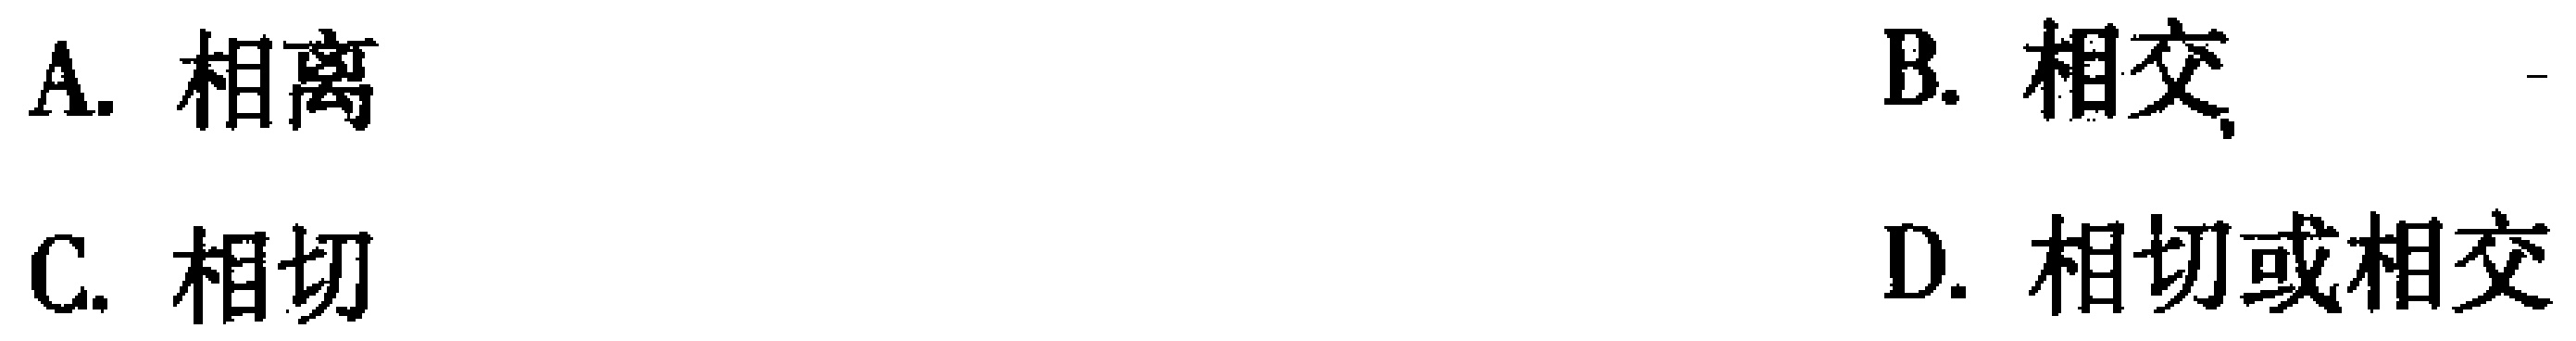
A. 相离
B. 相交
C. 相切
D. 相切或相交